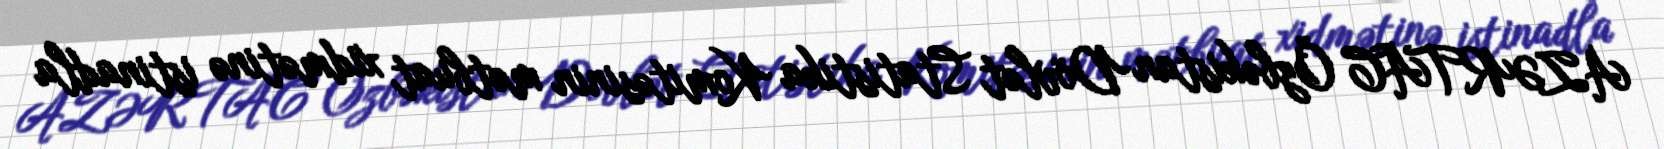
AZƏRTAC Özbəkistan Dövlət Statistika Komitəsinin mətbuat xidmətinə istinadla